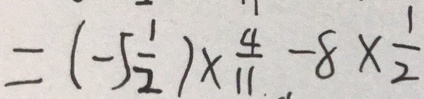
= ( - 5 \frac { 1 } { 2 } ) \times \frac { 4 } { 1 1 } - 8 \times \frac { 1 } { 2 }